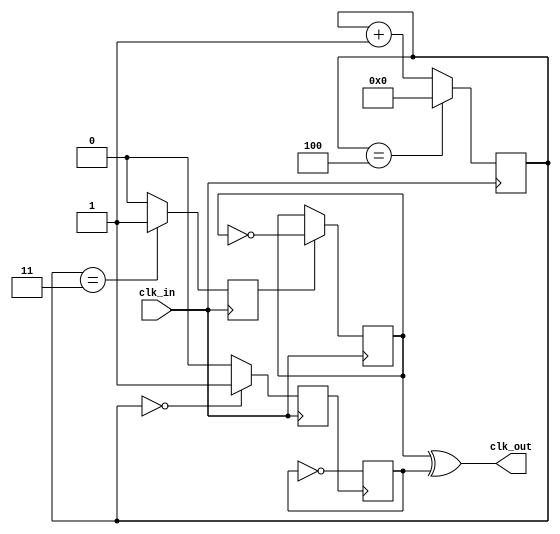
`timescale 1ns / 1ps

module freq_div_odd#(parameter N=5)
(
 input   clk_in,
 output   clk_out
    );

reg  [3:0] count = 4'b0;        //4-bit counter
reg     A1 = 0;
reg       B1 = 0;
reg     Tff_A = 0;
reg    Tff_B = 0;
wire    clock_out;
wire    wTff_A;
wire    wTff_B;

//Connects registers to wires for combinational logic
assign   wTff_A  = Tff_A; 
assign   wTff_B  = Tff_B; 

assign   clk_out = wTff_B ^ wTff_A; 

//Counter for division by N
always@(posedge clk_in)
 begin
  if(count == N-1) 
   begin // Example: Use 4 to divide by 5          
    count <= 4'b0000;
   end 
  else
   begin
    count <= count + 1;
   end 
 end

always@(posedge clk_in)
 begin
  if(count == 4'b0000)
   A1 <= 1;
  else
   A1 <= 0;
 end

//Sets B to high for one clock cycle when counter is (N+1)/2
always@(posedge clk_in)
 begin
  if(count == (N+1)/2) //Use (N+1)/2
   B1 <= 1; //Ex: (5+1)/2 = 3
  else
   B1 <= 0;
 end

//T flip flop toggles 
always@(negedge A1) 
 begin  
  Tff_A <= ~Tff_A;
 end

always@(negedge clk_in)
 begin
  if(B1)      
   begin 
    Tff_B <= ~Tff_B;
   end
 end

endmodule